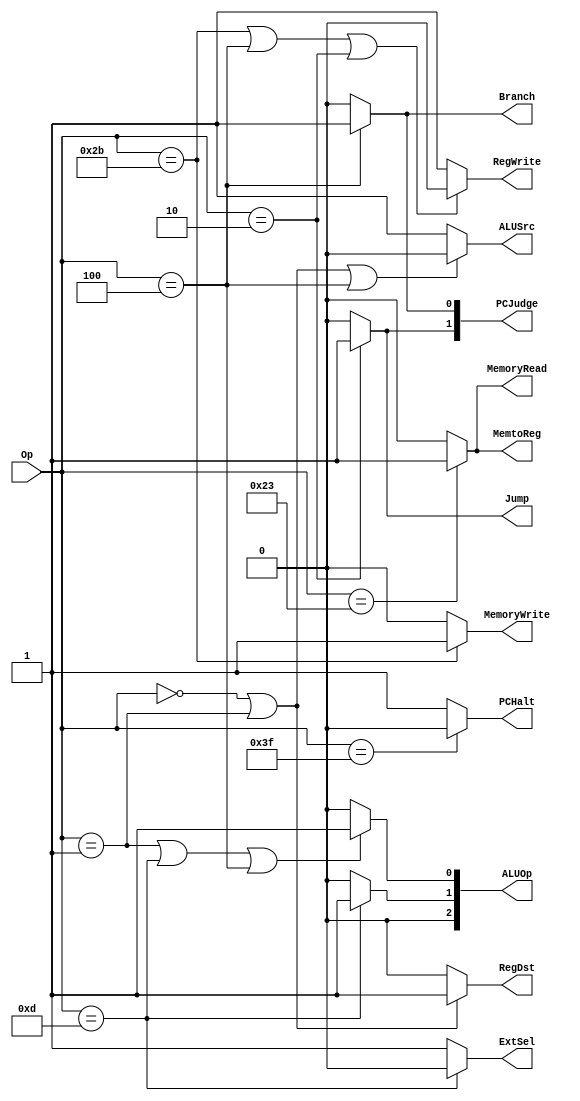
`timescale 1ns / 1ps
//////////////////////////////////////////////////////////////////////////////////
// Company: 
// Engineer: 
// 
// Design Name: 
// Module Name: ControlUnit
// Project Name: 
// Target Devices: 
// Tool Versions: 
// Description: 
// 
// Dependencies: 
// 
// Revision:
// Revision 0.01 - File Created
// Additional Comments:
// 
//////////////////////////////////////////////////////////////////////////////////

/*
TODO: 

input:  Op:
        zero   PC    TODO
output: 
        PCHalt:PC                                             10PChalt
        PCJudge: PC                              beq01    jump:10     else:00
        ALUSrc: ALU                                  01
        RegDst:                                  020-16115-11
        RegWrite:                                    10
        ALUOp: ALU                                         (add, 000) (sub, 001) (ori, 011) (lw, 000) (sw, 000) (beg, 001)                                   
        MemoryWrite:                                     01
        MemoryRead:                                01
        MemtoReg:                                     0ALU1
        Jump: jump                                               10
        Branch: beq           
OP
add: 000 000
sub: 000 001
ori: 001 101
lw:  100 011
sw:  101 011
beq: 000 100
jump:000 010
        

*/

module ControlUnit(Op, PCHalt, PCJudge, ALUSrc, RegDst, RegWrite, ALUOp, MemoryWrite, MemoryRead, MemtoReg, Jump, Branch, ExtSel);
input [5:0] Op;
output PCHalt, ALUSrc, RegDst, RegWrite, MemoryWrite, MemoryRead,Jump, Branch, MemtoReg, ExtSel;
output [1:0] PCJudge;
output [2:0] ALUOp;
assign PCHalt = (Op == 6'b111111)?0:1;    //halt

assign PCJudge[0] = (Op == 6'b000100) ?1:0;    // PCJudge: beq:01  jump:10 :00
assign PCJudge[1] = (Op == 6'b000010) ?1:0;    //jump1,0

assign ALUSrc = ((Op == 6'b000000) || (Op == 6'b000001) || (Op == 6'b000100)) ?0:1;  //add,sub.beq0.1

assign RegDst = ((Op == 6'b000000) || (Op == 6'b000001)) ?1:0;        // addsuborilw0

assign RegWrite = ((Op == 6'b101011) || (Op == 6'b000100) || (Op == 6'b000010)) ?0:1;  //add,sub,ori,lw

assign ALUOp[0] = ((Op == 6'b000001) || (Op == 6'b001101)||(Op == 6'b000100)) ?1:0; // sub, ori, beg10
assign ALUOp[1] = ((Op == 6'b001101)) ?1:0;  // ori1
assign ALUOp[2] = 0;   // 0

assign MemoryWrite = (Op == 6'b101011) ?1:0;   //sw

assign MemoryRead = (Op == 6'b100011) ?1:0;    //lw

assign MemtoReg = (Op == 6'b100011) ?1:0;   //lw1

assign Jump = (Op == 6'b000010) ?1:0;   //jump

assign Branch = (Op == 6'b000100) ?1:0; //branch

assign ExtSel = (Op == 6'b001101) ?0:1; //ori0



endmodule